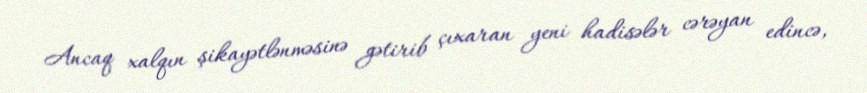
Ancaq xalqın şikayətlənməsinə gətirib çıxaran yeni hadisələr cərəyan edincə,